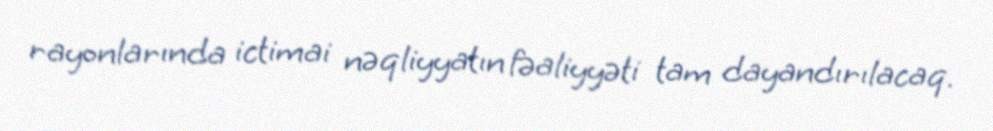
rayonlarında ictimai nəqliyyatın fəaliyyəti tam dayandırılacaq.